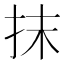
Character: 抹